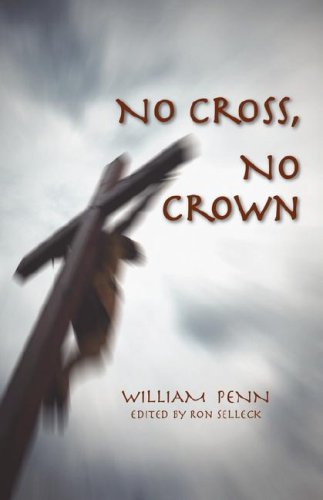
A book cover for No Cross, No Crown; William Penn; Christian Books & Bibles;